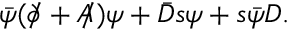
\bar { \psi } ( \partial \! \! \! \slash + A \! \! \! \slash ) \psi + \bar { D } s \psi + s \bar { \psi } D .